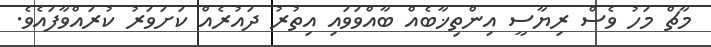
މާޗް މަހު ވެސް ރިޔާސީ އިންތިޚާބެއް ބާއްވަވައި އިތުރު ދައުރެއް ކަށަވަރު ކުރައްވާފައެވެ.